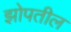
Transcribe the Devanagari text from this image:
झोपतील